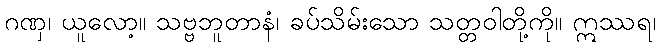
ဂဏှ၊ ယူလော့။ သဗ္ဗဘူတာနံ၊ ခပ်သိမ်းသော သတ္တဝါတို့ကို။ ဣဿရ၊